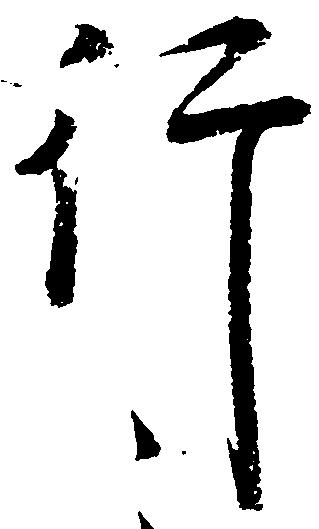
行